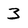
Character: 3